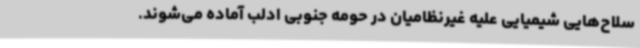
سلاح‌هایی شیمیایی علیه غیرنظامیان در حومه جنوبی ادلب آماده می‌شوند.